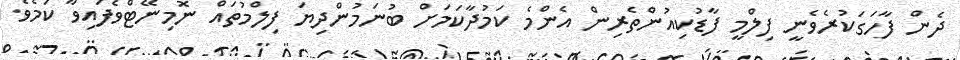
ދެން ފާހަގަކުރެވެނީ ފިލްމީ ފާޑުކިއުންތެރިން އެންމެ ކަމުދާކަމަށް ބުނަމުންދިޔަ ފިލްމުތައް ނޮމިނޭޓްވެފައިވާ ކަމެވެ.